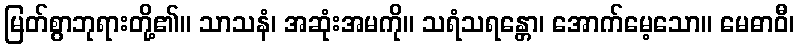
မြတ်စွာဘုရားတို့၏။ သာသနံ၊ အဆုံးအမကို။ သရံသရန္တော၊ အောက်မေ့သော။ မေဓာဝီ၊